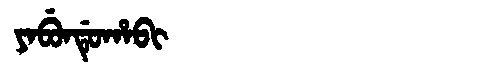
Manchu: ᠶᠠᠪᡠᠨᡩᡠᡥᠠᠪᡳ
Romanization: YABUNDUHABI